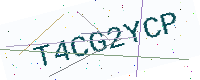
Text: T4CG2YCP